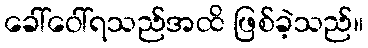
ခေါ်ဝေါ်ရသည်အထိ ဖြစ်ခဲ့သည်။